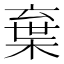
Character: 𣓪